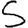
Digit: 5